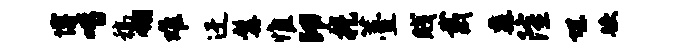
博喈稿翎难迂髯惟印提薹贱戴纛隆堪跌